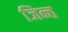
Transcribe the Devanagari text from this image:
जिन्त